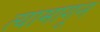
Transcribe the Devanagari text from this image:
त्यामागून